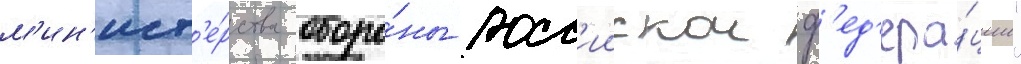
м'ин'ист'е́рства оборо́ны росс'иискои ф'ед'ера́ции"